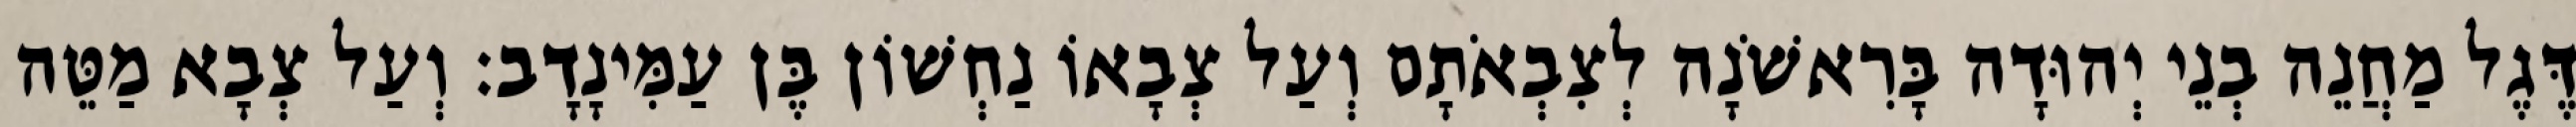
דֶּגֶל מַחֲנֵה בְנֵי יְהוּדָה בָּרִאשֹׁנָה לְצִבְאֹתָם וְעַל צְבָאוֹ נַחְשׁוֹן בֶּן עַמִּינָדָב׃ וְעַל צְבָא מַטֵּה